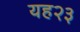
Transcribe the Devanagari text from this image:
यह२३